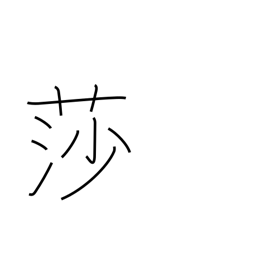
Meaning: sedge